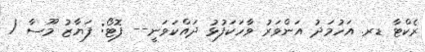
ރެކްޓާ ޑރ. އަހުމަދު އަންވަރު ވާހަކަފުޅު ދައްކަވަނީ-- ފޮޓޯ: ފަޔާޒު މޫސާ /